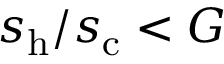
s _ { \mathrm { h } } / s _ { \mathrm { c } } < G